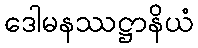
ဒေါမနဿဋ္ဌာနိယံ